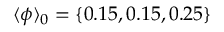
\langle \phi \rangle _ { 0 } = \{ 0 . 1 5 , 0 . 1 5 , 0 . 2 5 \}